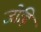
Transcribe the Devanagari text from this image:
जोह्रि